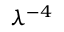
\lambda ^ { - 4 }